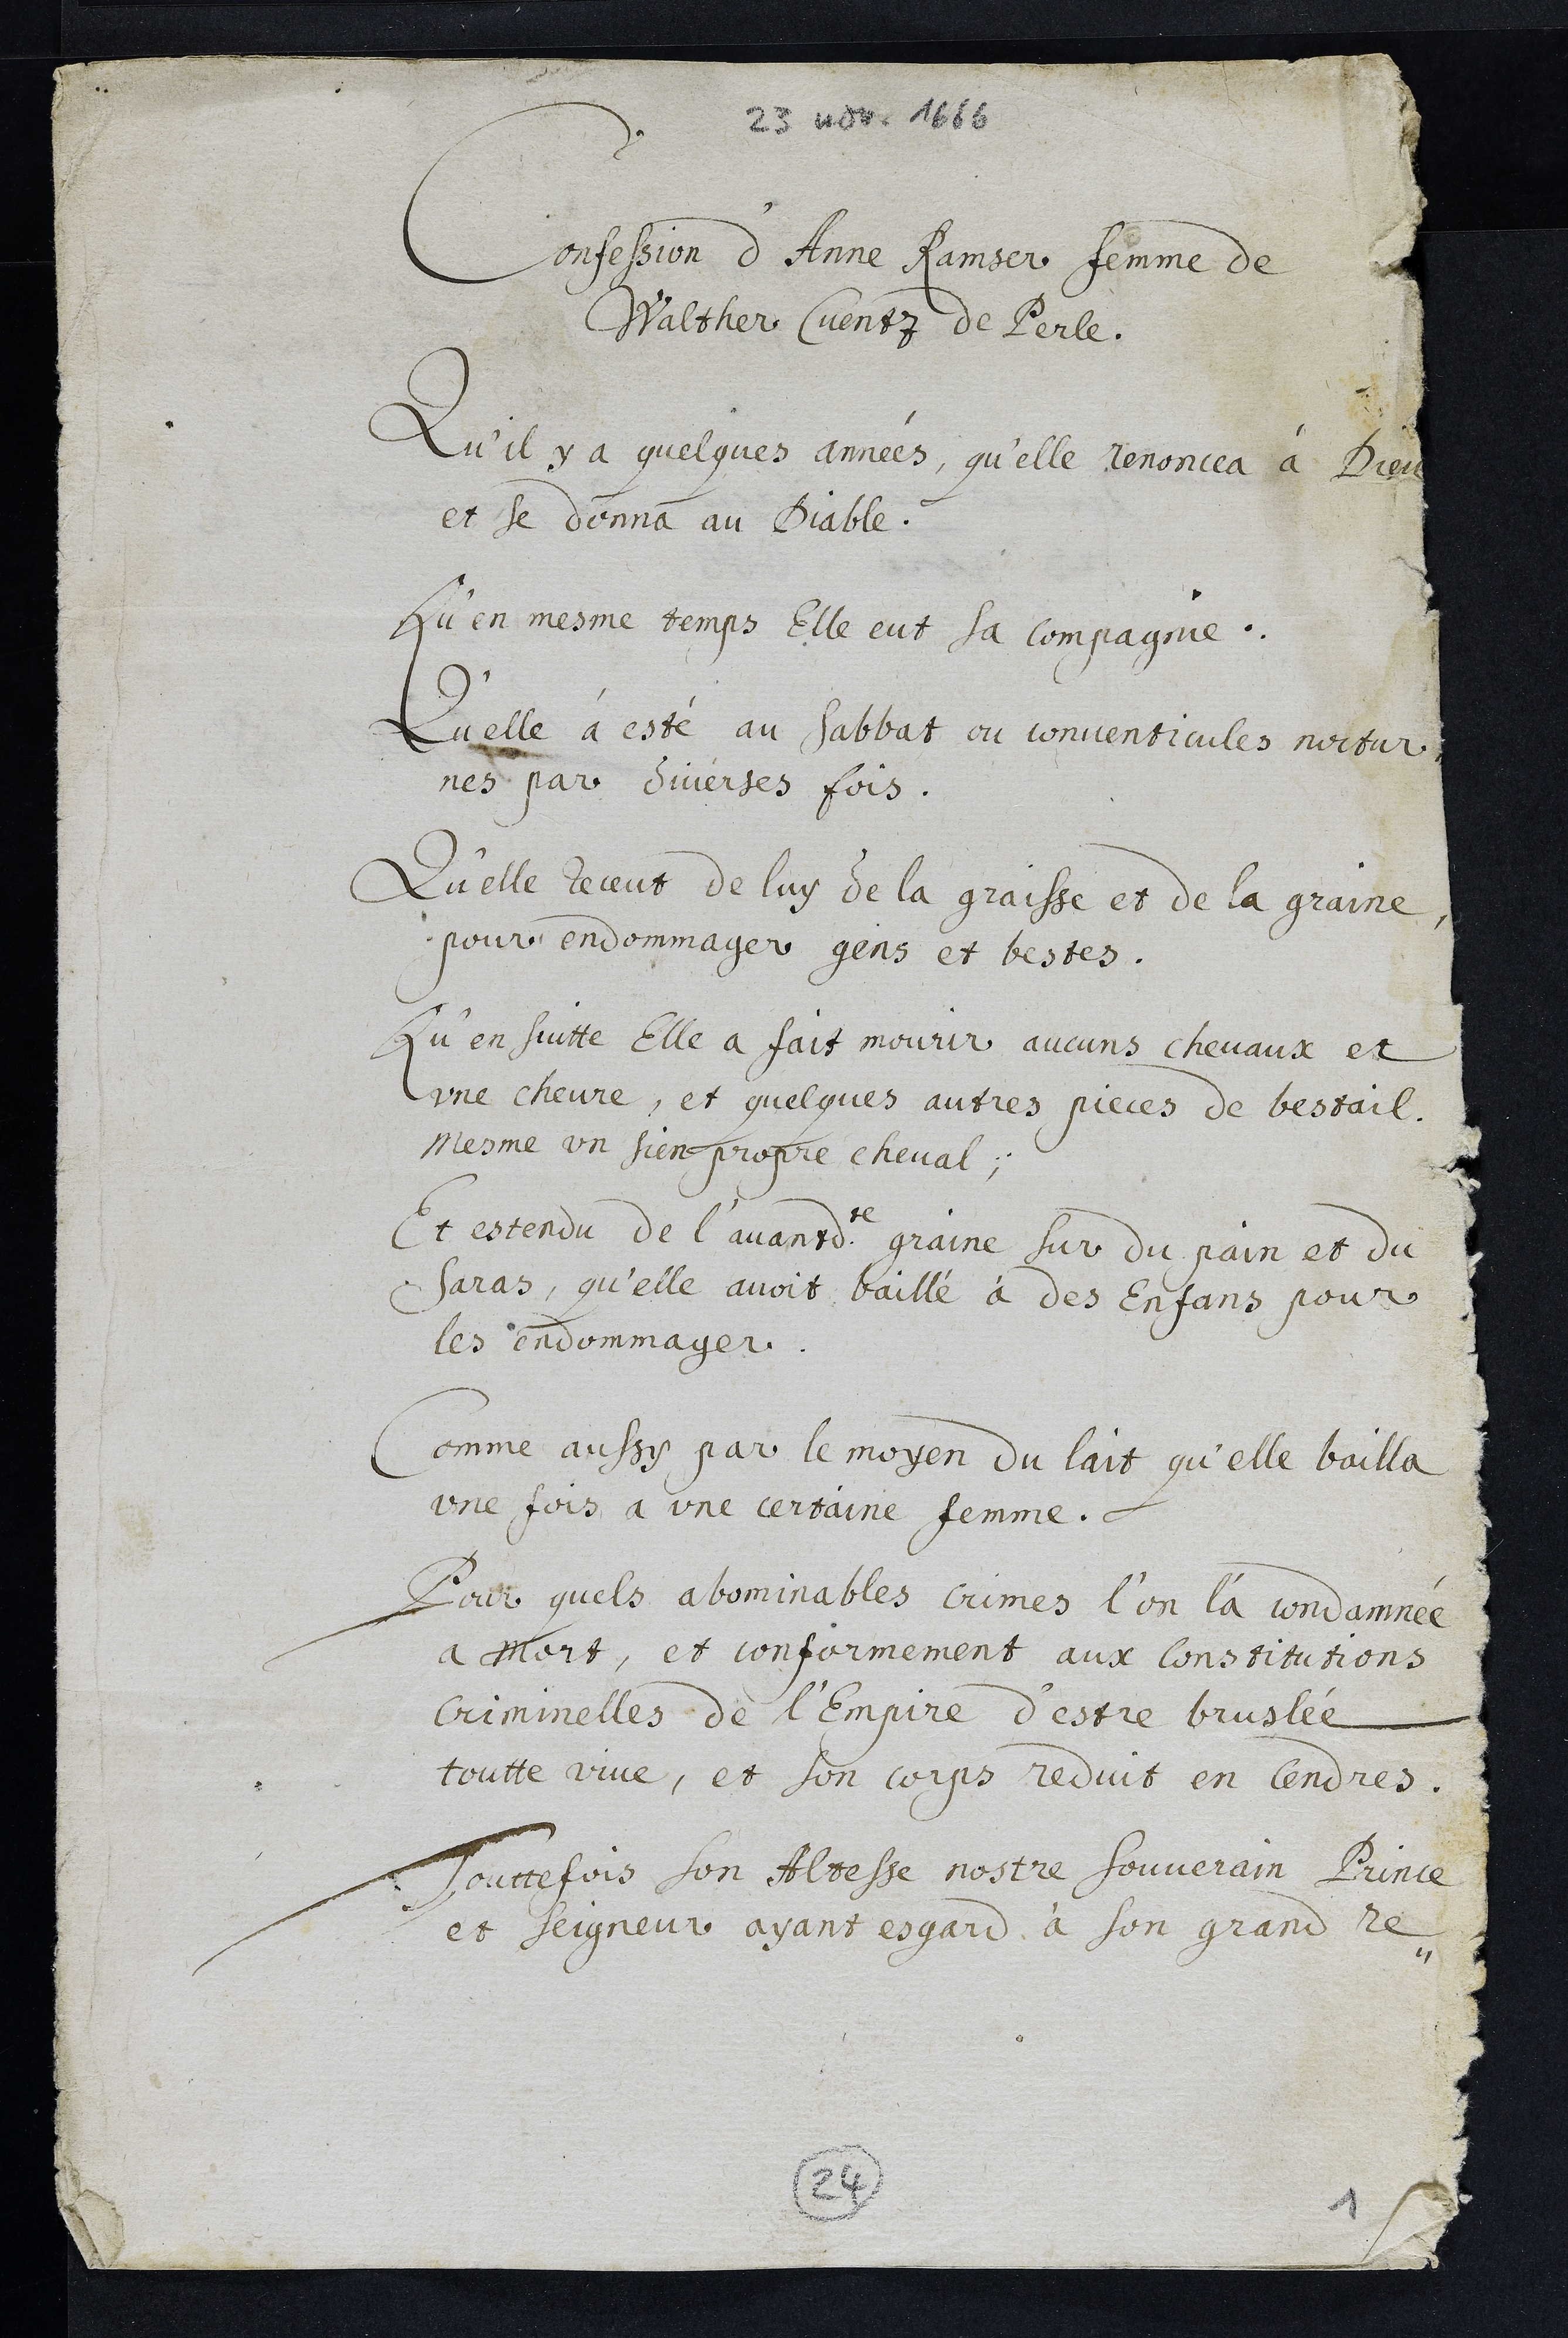
23 nov. 1666
Confession d'Anne Ramser femme de
Walther Cuentz de Perle.
Qu’il y a quelques années, qu’elle renoncea à Dieu
et se donna au Diable.
Qu’en mesme temps Elle eut sa compagnie.
Qu'elle à esté au sabbat ou conventicules noctur¬
nes par diverses fois.
Qu’elle receut de luy de la graisse et de la graine
pour endommager gens et bestes.
Qu’en suitte Elle a fait mourir aucuns chevaux et
une chevre, et quelques autres pieces de bestail.
mesme un sien propre cheval,
Et estendu de l’avantdite graine sur du pain et du
saras, qu’elle avoit baillé à des Enfans pour
les endommager.
Comme aussy par le moyen du lait qu'elle bailla
une fois a une certaine femme.
Pour quels abominables crimes l’on l'a condamnée
a mort, et conformement aux constitutions
Criminelles de l’Empire d’estre bruslée,
toutte vive, et son corps reduit en cendres.
Touttefois Son Altesse nostre Souverain Prince
et Seigneur ayant esgard à son grand re¬
24
1